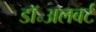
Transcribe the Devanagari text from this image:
डॉ॰अलबर्ट